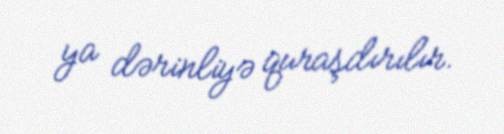
ya dərinliyə quraşdırılır.